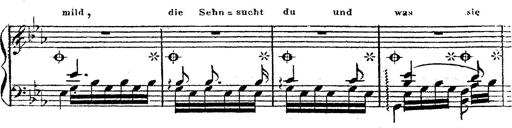
Title: 12 Lieder von Franz Schubert
Composer: Franz Liszt